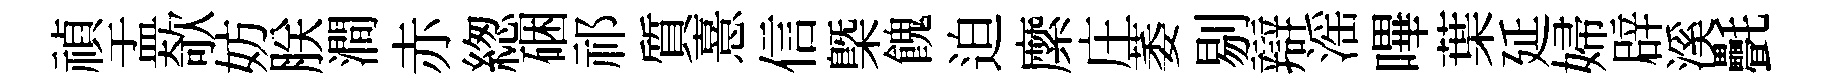
禎盂欹妨朕澗赤緫硱祁質憙信槩餽迫縻庄萎剔辯滛嗶葉延婦辟溪㲲